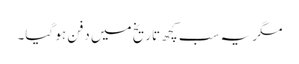
مگر یہ سب کچھ تاریخ میں دفن ہو گیا۔